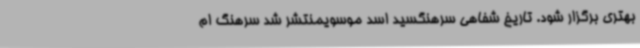
بهتری برگزار شود. تاریخ شفاهی سرهنگسید اسد موسویمنتشر شد سرهنگ ام